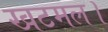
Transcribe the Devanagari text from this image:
खटमल।